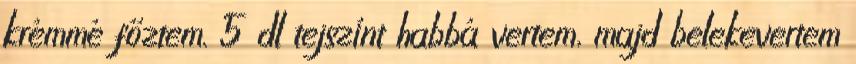
krémmé főztem. 5 dl tejszínt habbá vertem, majd belekevertem